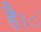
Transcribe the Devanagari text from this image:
है।ं